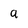
Character: a